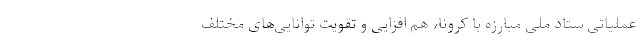
عملیاتی ستاد ملی مبارزه با کرونا، هم افزایی و تقویت توانایی‌های مختلف